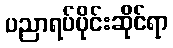
ပညာရပ်ပိုင်းဆိုင်ရာ